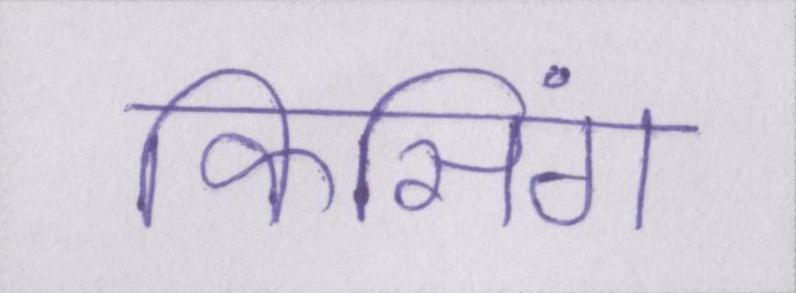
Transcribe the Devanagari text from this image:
किसिंग